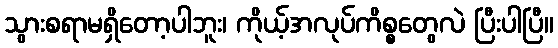
သွားစရာမရှိတော့ပါဘူး၊ ကိုယ့်အလုပ်ကိစ္စတွေလဲ ပြီးပါပြီ။